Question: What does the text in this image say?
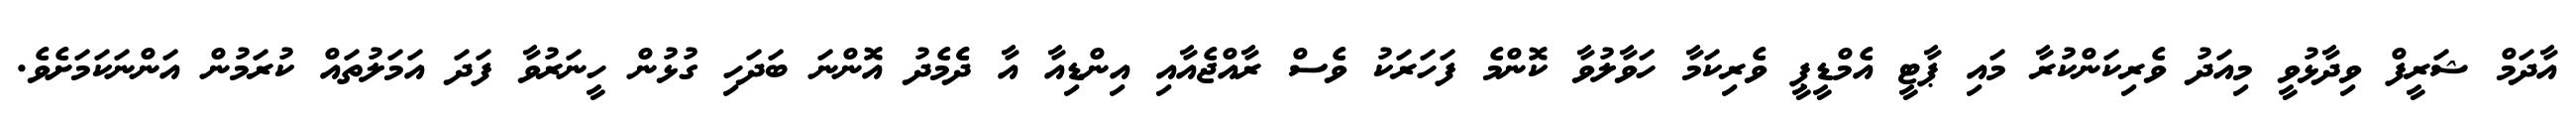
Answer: އާދަމް ޝަރީފް ވިދާޅުވީ މިއަދު ވެރިކަންކުރާ މައި ޕާޓީ އެމްޑީޕީ ވެރިކަމާ ހަވާލުވާ ކޮންމެ ފަހަރަކު ވެސް ރާއްޖެއާއި އިންޑިއާ އާ ދެެމެދު އޮންނަ ބަދަހި ގުޅުން ހީނަރުވާ ފަދަ އަމަލުތައް ކުރަމުން އަންނަކަމަށެވެ.